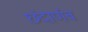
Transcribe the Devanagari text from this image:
छंदार्णव